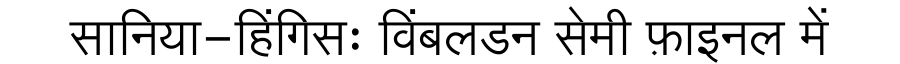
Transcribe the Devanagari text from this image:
सानिया-हिंगिसः विंबलडन सेमी फ़ाइनल में